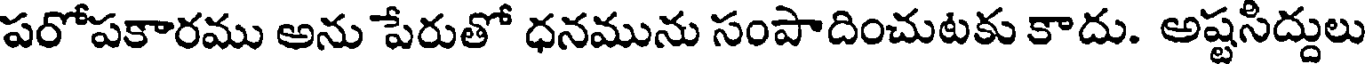
పరోపకారము అను పేరుతో ధనమును సంపాదించుటకు కాదు. అష్టసిద్దులు